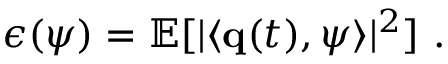
\epsilon ( \boldsymbol { \psi } ) = \mathbb { E } [ | \langle { \bf q } ( t ) , \boldsymbol { \psi } \rangle | ^ { 2 } ] \mathrm { ~ . ~ }